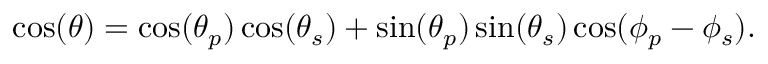
\cos ( \theta ) = \cos ( \theta _ { p } ) \cos ( \theta _ { s } ) + \sin ( \theta _ { p } ) \sin ( \theta _ { s } ) \cos ( \phi _ { p } - \phi _ { s } ) .